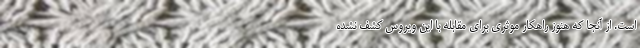
است. از آنجا که هنوز راهکار موثری برای مقابله با این ویروس کشف نشده